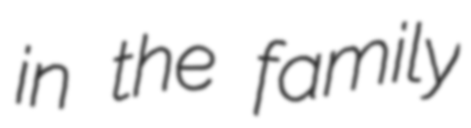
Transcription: in the family